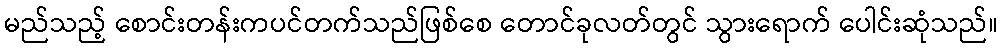
မည်သည့် စောင်းတန်းကပင်တက်သည်ဖြစ်စေ တောင်ခုလတ်တွင် သွားရောက် ပေါင်းဆုံသည်။